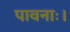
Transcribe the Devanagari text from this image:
पावनाः।